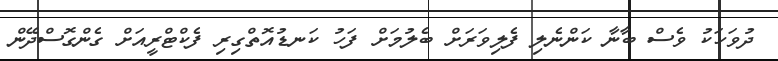
ދުވަހަކު ވެސް ބާނާ ކަންނެލި ފެލިވަރަށް ބެލުމަށް ފަހު ކަނޑުއޮތްގިރި ފެކްޓްރީއަށް ގެންގޮސްދޭން